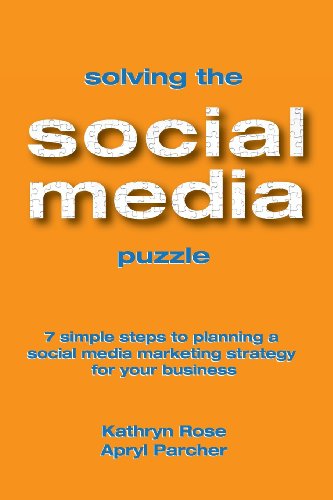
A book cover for Solving the Social Media Puzzle: 7 Simple Steps to Planning a Social Media Strategy for Your Business; Kathryn Rose; Computers & Technology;